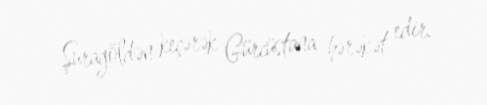
Şuragöldən keçərək Gürcüstana hərəkət edir.